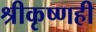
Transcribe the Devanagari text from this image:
श्रीकृष्णही